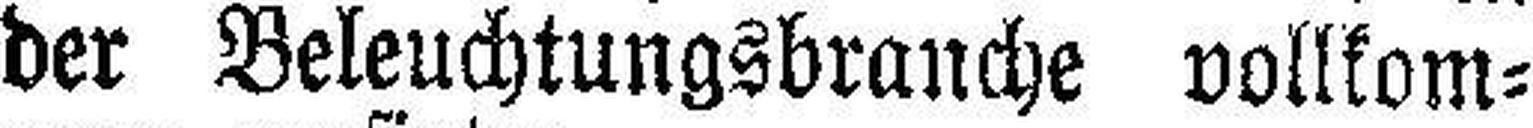
der Beleuchtungsbranche vollkom¬